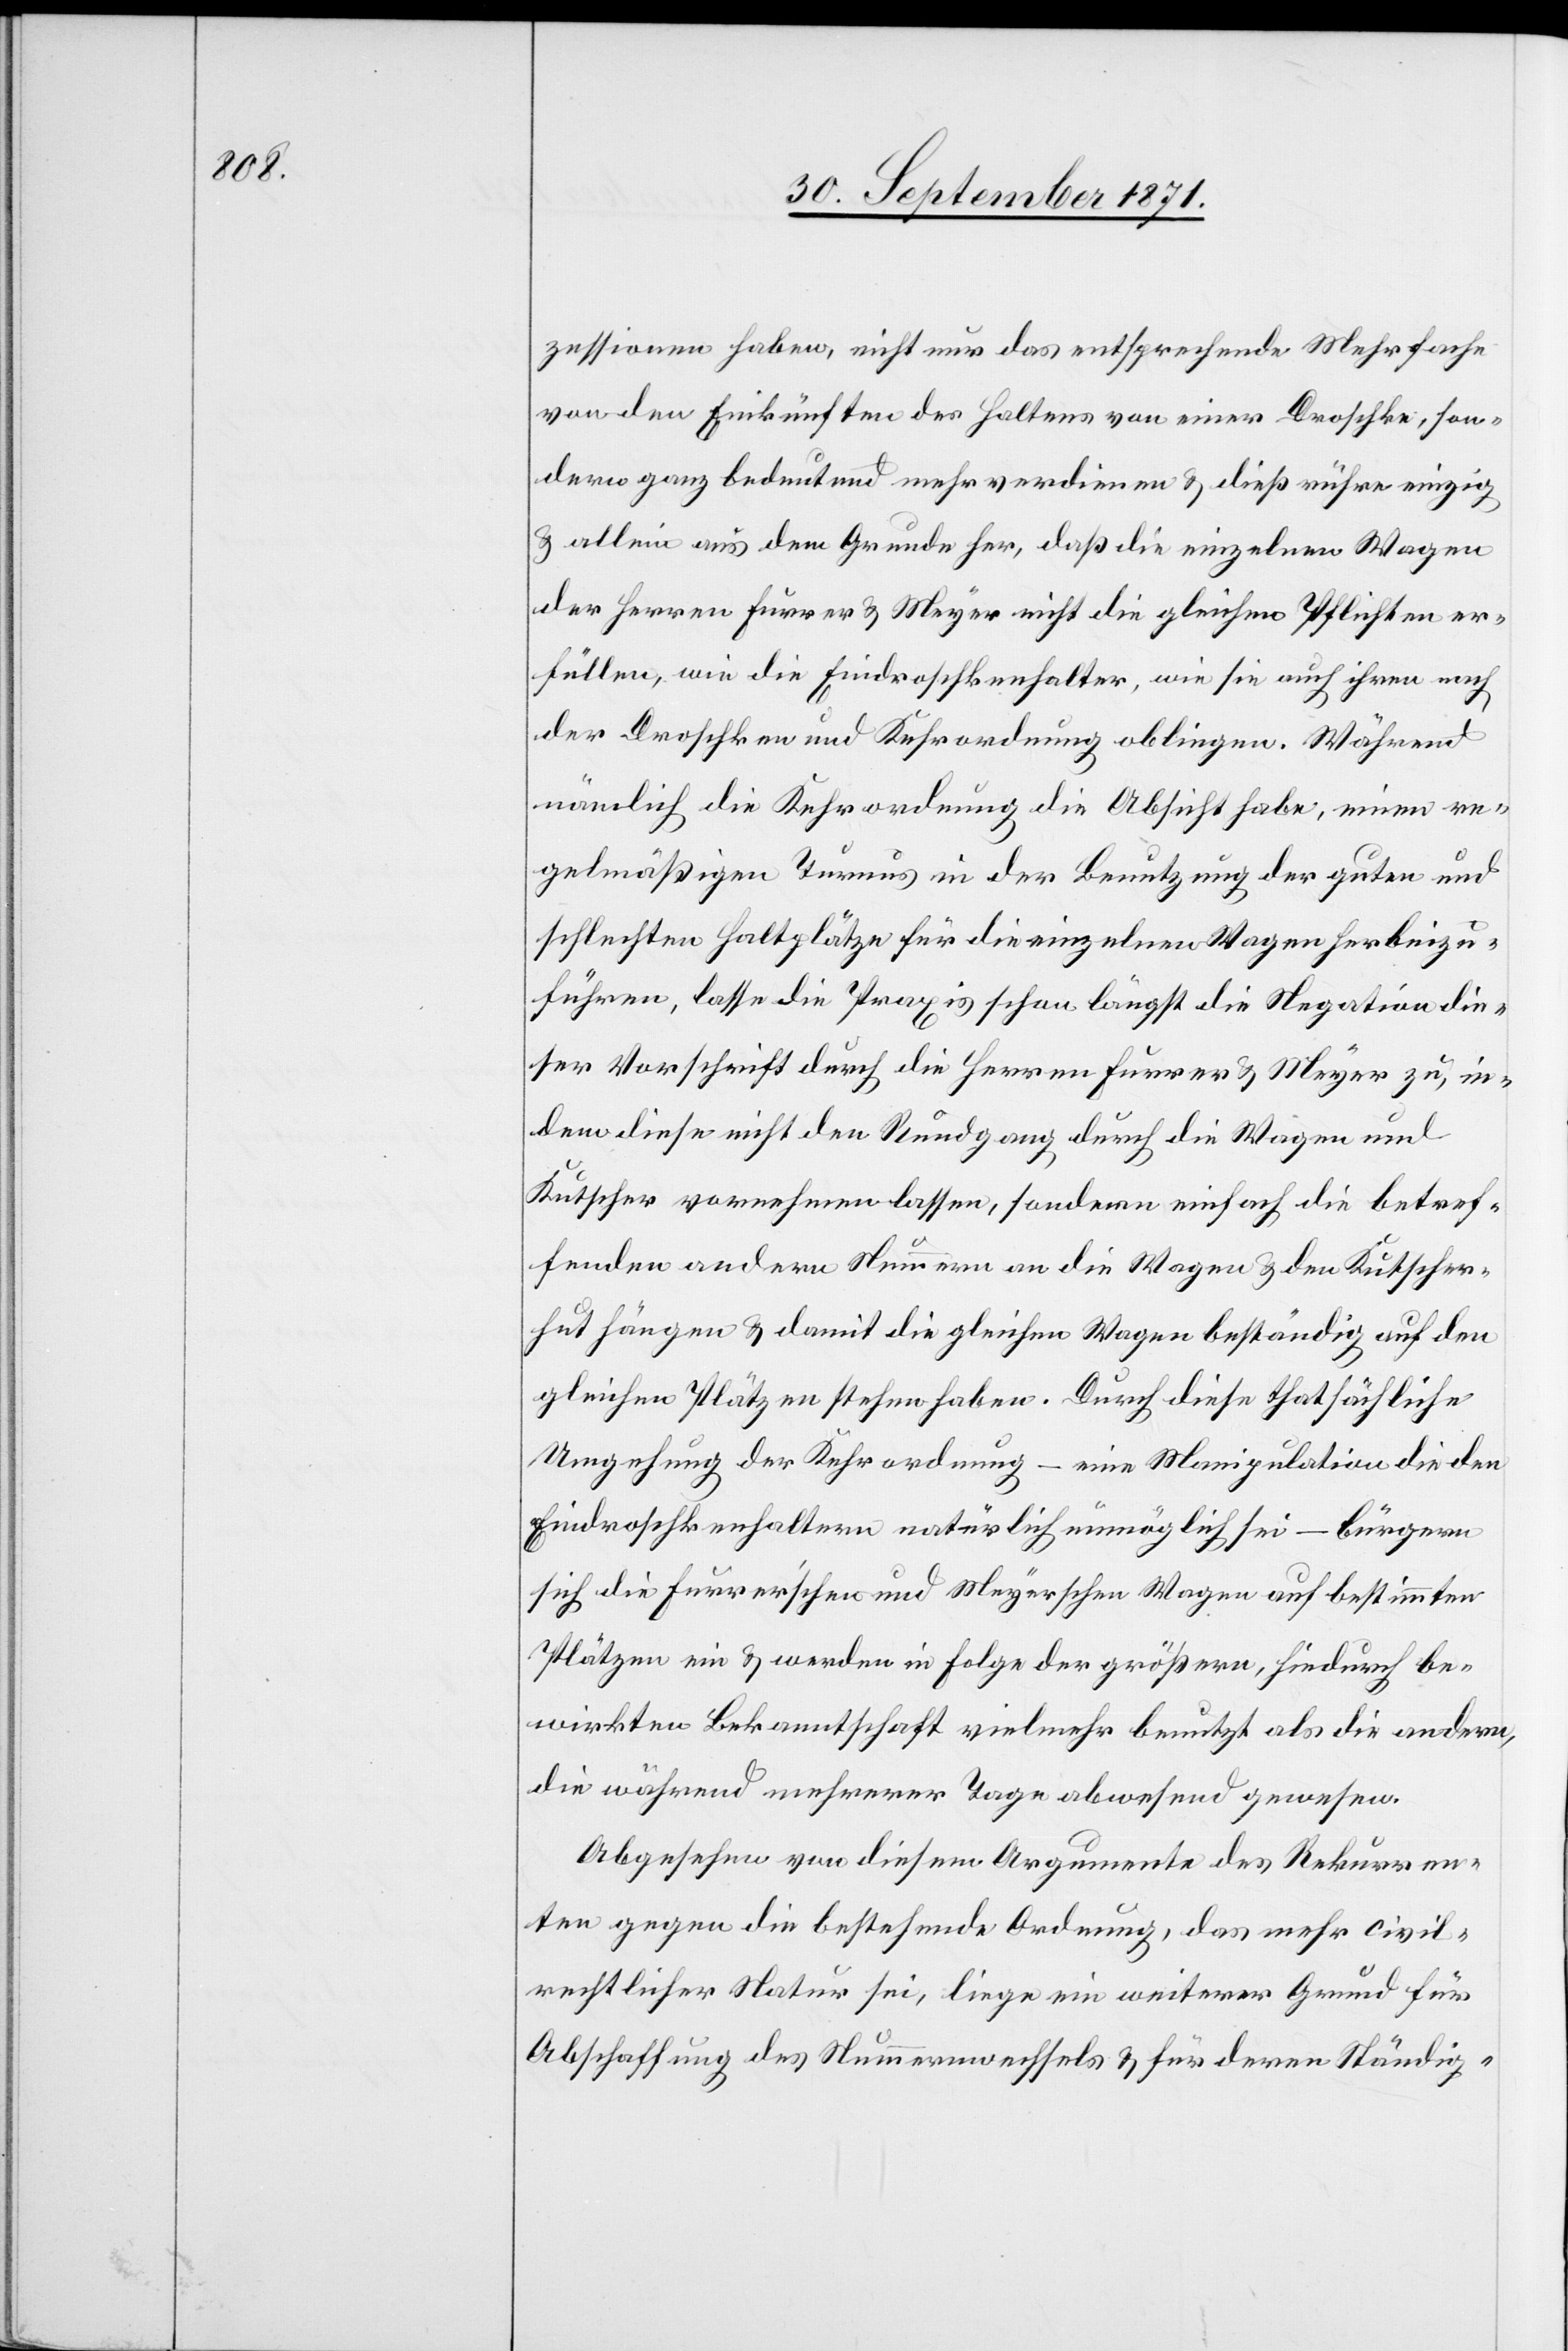
zessionen haben, nicht nur das entsprechende Mehrfache
von den Einkünften des Halters von einer Droschke, son¬
dern ganz bedeutend mehr verdienen & dieß rühre einzig
& allein aus dem Grunde her, daß die einzelnen Wagen
der Herren Furrer & Meyer nicht die gleichen Pflichten er¬
füllen, wie die Eindroschkenhalter, wie sie auch ihnen nach
der Droschken[-] und Kehrordnung obliegen. Während
nämlich die Kehrordnung die Absicht habe, einen re¬
gelmäßigen Turnus in der Benutzung der guten und
schlechten Haltplätze für die einzelnen Wagen herbeizu¬
führen, lasse die Praxis schon längst die Negation die¬
ser Vorschrift durch die Herren Furrer & Meyer zu, in¬
dem diese nicht den Rundgang durch die Wagen und
Kutschen vornehmen lassen, sondern einfach die betref¬
fenden andern Nummern an die Wagen & den Kutscher¬
hut hängen & damit die gleichen Wagen beständig auf den
gleichen Plätzen stehen haben. Durch diese thatsächliche
Umgehung der Kehrordnung – eine Manipulation die den
Eindroschkenhaltern natürlich unmöglich sei – bürgern
sich die Furrer’schen und Meyerschen Wagen auf bestimmten
Plätzen ein & werden in Folge der größern, hiedurch be¬
wirkten Bekanntschaft vielmehr benutzt als die andern,
die während mehrerer Tage abwesend gewesen.
Abgesehen von diesem Argumente des Rekurren¬
ten gegen die bestehende Ordnung, das mehr civil¬
rechtlicher Natur sei, liege ein weiterer Grund für
Abschaffung des Nummernwechsels & für deren Ständig-